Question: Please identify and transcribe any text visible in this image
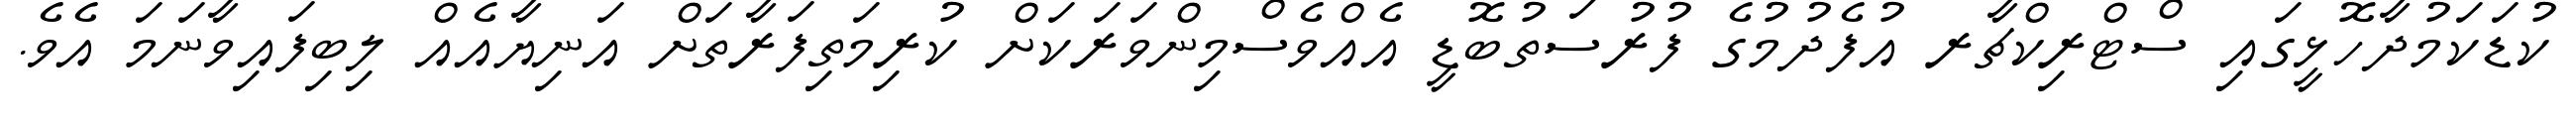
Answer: ކުޑަކަމުދާހޮޅީގައި ސްޓްރިކްޗާރ އުފެދުމުގެ ފުރުސަތުބޮޑީ އެއްވެސްމިންވަރަކަށް ކުރިމަތިފަރާތަށް އަނިޔާއެއް ލިބިފައިވާނަމަ އެވެ.